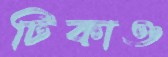
টিকাও